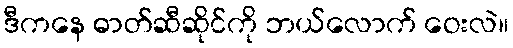
ဒီကနေ ဓာတ်ဆီဆိုင်ကို ဘယ်လောက် ဝေးလဲ။